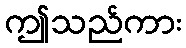
ဤသည်ကား